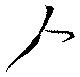
人